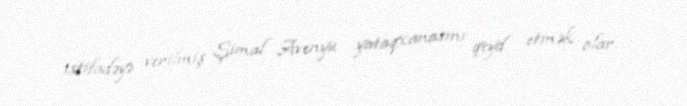
istifadəyə verilmiş Şimal Avenyu yataqxanasını qeyd etmək olar.